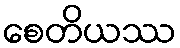
စေတိယဿ